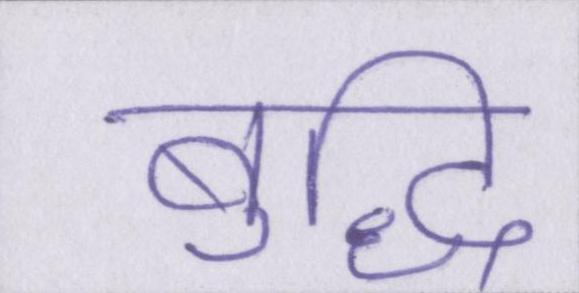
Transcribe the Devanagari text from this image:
बुद्धि